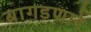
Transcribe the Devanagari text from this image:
बागडणारे